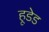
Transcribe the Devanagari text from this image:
हूडेड